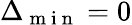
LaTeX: \Delta_{\mathrm{~m~i~n~}}=0